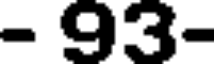
- 93-